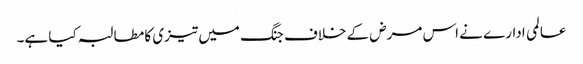
عالمی ادارے نے اس مرض کے خلاف جنگ میں تیزی کا مطالبہ کیا ہے۔